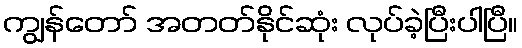
ကျွန်တော် အတတ်နိုင်ဆုံး လုပ်ခဲ့ပြီးပါပြီ။